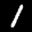
Label: 1